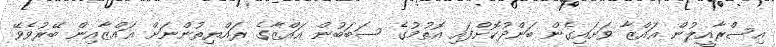
އިސްރާއީލުން ޣައްޒާ ވަށައިގެން ބަންދުކޮށްފައި އޮތުމުގެ ސަބަބުން ޣައްޒާގެ ރައްޔިތުންނަށް ޣައްޒާއިން ބޭރުވެވޭ